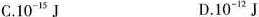
A.10^{15} J B.10^{12} J